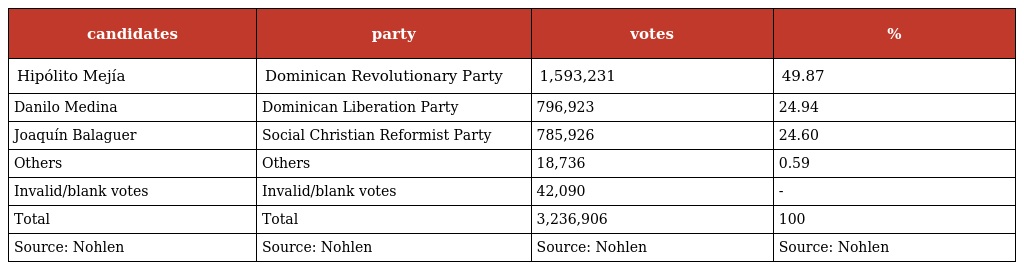
| candidates | party | votes | % |
 | --- | --- | --- | --- |
 | Hipólito Mejía | Dominican Revolutionary Party | 1,593,231 | 49.87 |
 | Danilo Medina | Dominican Liberation Party | 796,923 | 24.94 |
 | Joaquín Balaguer | Social Christian Reformist Party | 785,926 | 24.60 |
 | Others | Others | 18,736 | 0.59 |
 | Invalid/blank votes | Invalid/blank votes | 42,090 | - |
 | Total | Total | 3,236,906 | 100 |
 | Source: Nohlen | Source: Nohlen | Source: Nohlen | Source: Nohlen |